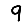
Digit: 9